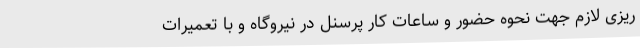
ریزی لازم جهت نحوه حضور و ساعات کار پرسنل در نیروگاه و با تعمیرات